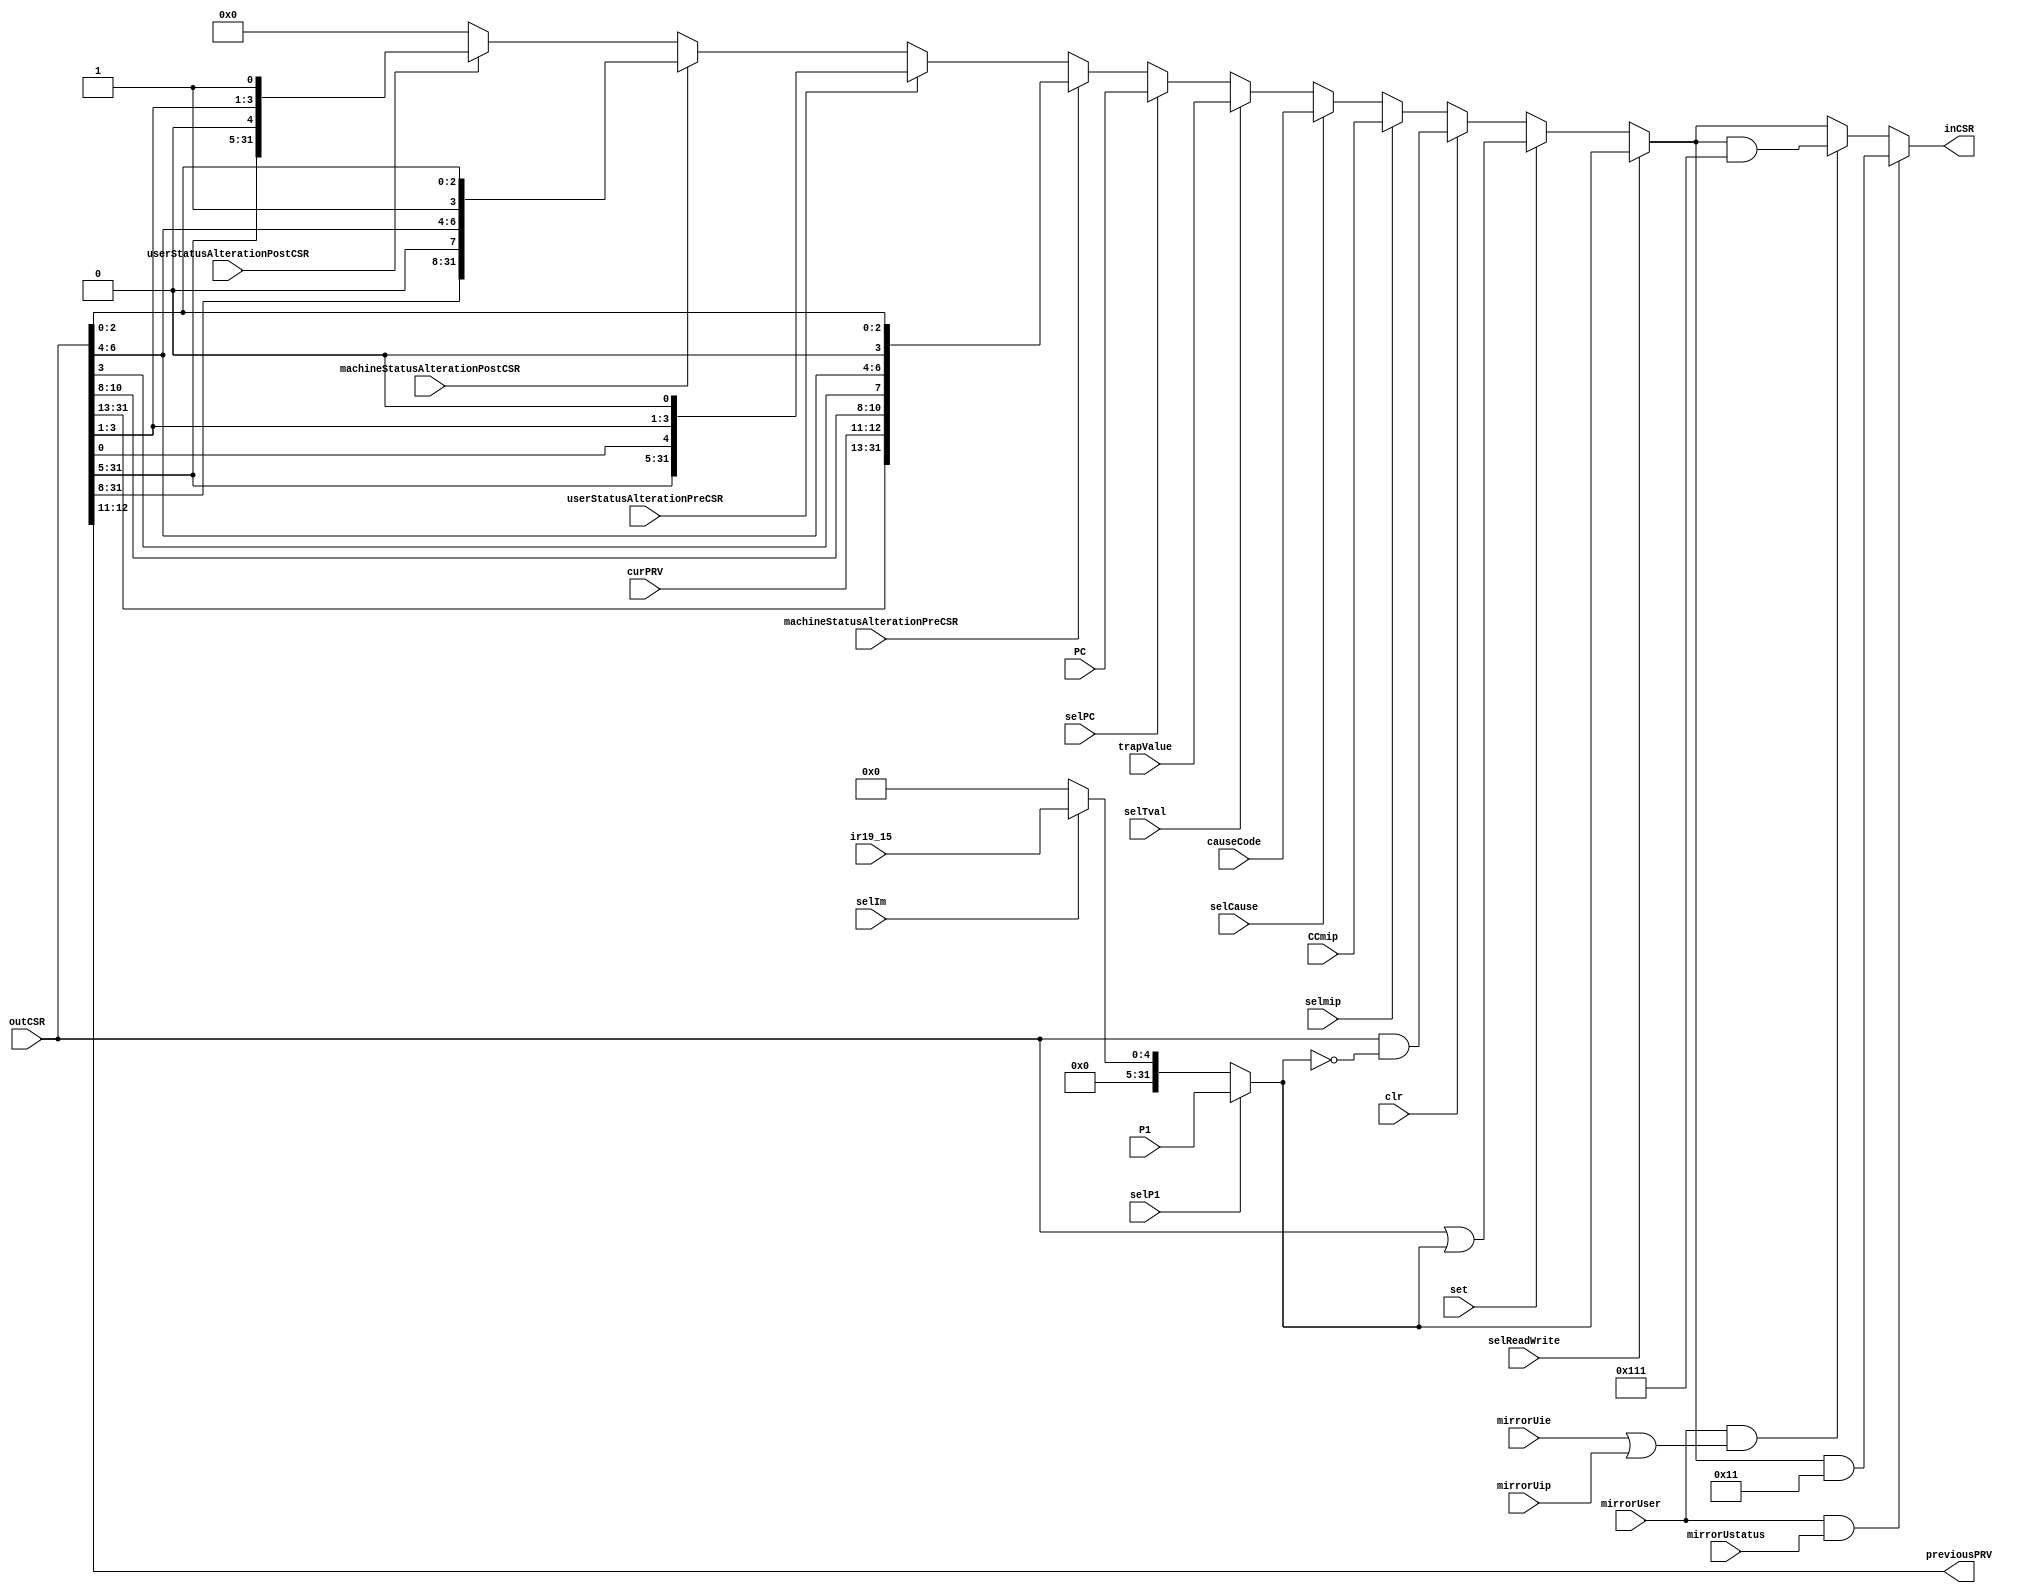
// **************************************************************************************
// Project: AFTAB
// Version: 1.0
// Date:
//
// Module Name: aftab_CSRISL
// Description:
//
// Dependencies:
//
// File content description:
// aftab_CSRISL for AFTAB interrupt
//
// **************************************************************************************
`timescale 1ns/1ns

module aftab_CSRISL #(parameter len = 32) (
	input selP1,
	input selIm,
	input selReadWrite,
	input clr,
	input set,
	input selPC,
	input selmip,
	input selCause,
	input selTval,
	input machineStatusAlterationPreCSR,
	input userStatusAlterationPreCSR,
	input machineStatusAlterationPostCSR,
	input userStatusAlterationPostCSR,
	input mirrorUstatus,
	input mirrorUie,
	input mirrorUip,
	input mirrorUser,
	input [1:0] curPRV,
	input [4:0] ir19_15,
	input [len-1 : 0] CCmip,
	input [len-1 : 0] causeCode,
	input [len-1 : 0] trapValue,
	input [len-1 : 0] P1,
	input [len-1 : 0] PC,
	input [len-1 : 0] outCSR,
	output [1:0] previousPRV,
	output [len-1 : 0] inCSR
);

	wire [len-1 : 0] orRes;
	wire [len-1 : 0] andRes;
	wire [len-1 : 0] regOrImm;
	wire [len-1 : 0] preInCSR;

	assign regOrImm = (selP1) ? (P1) :
		(selIm) ? ({27'b0, ir19_15}) :
		(1'b0);

	assign orRes = outCSR | regOrImm;

	assign andRes = outCSR & (~regOrImm);

	assign preInCSR = (selReadWrite) ? (regOrImm) :
                      (set) ? (orRes) :
                      (clr) ? (andRes) :
                      (selmip) ? (CCmip) :
                      (selCause) ? (causeCode) :
                      (selTval) ? (trapValue) :
                      (selPC) ? (PC) :
                      (machineStatusAlterationPreCSR) ? ({outCSR[31:13], curPRV, outCSR[10:8], outCSR[3], outCSR[6:4], 1'b0, outCSR[2:0]}) :
                      (userStatusAlterationPreCSR) ? ({outCSR[31:5], outCSR[0], outCSR[3:1], 1'b0}) :
                      (machineStatusAlterationPostCSR) ? ({outCSR[31:8], 1'b0, outCSR[6:4], 1'b1, outCSR[2:0]}) :
                      (userStatusAlterationPostCSR) ? ({outCSR[31:5], 1'b0, outCSR[3:1], 1'b1}) :
                      (32'b0);

	assign inCSR = (mirrorUser && mirrorUstatus) ? (preInCSR & 32'h00000011) :
	               (mirrorUser && (mirrorUie || mirrorUip)) ? (preInCSR & 32'h00000111) :
	               (preInCSR);

	assign previousPRV = outCSR[12:11];

endmodule